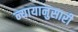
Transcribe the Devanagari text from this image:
न्यायानुसारी